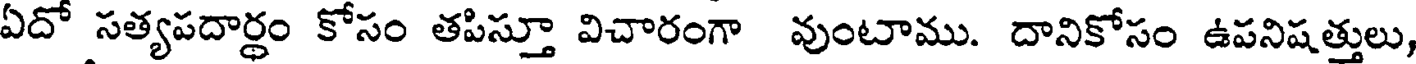
ఏదో సత్యపదార్ధం కోసం తపిస్తూ విచారంగా వుంటాము. దానికోసం ఉపనిషత్తులు,